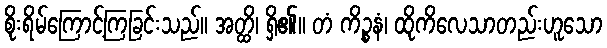
စိုးရိမ်ကြောင့်ကြခြင်းသည်။ အတ္ထိ၊ ရှိ၏။ တံ ကိဉ္စနံ၊ ထိုကိလေသာတည်းဟူသော